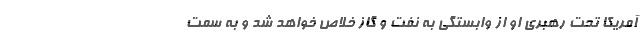
آمریکا تحت رهبری او از وابستگی به نفت و گاز خلاص خواهد شد و به سمت